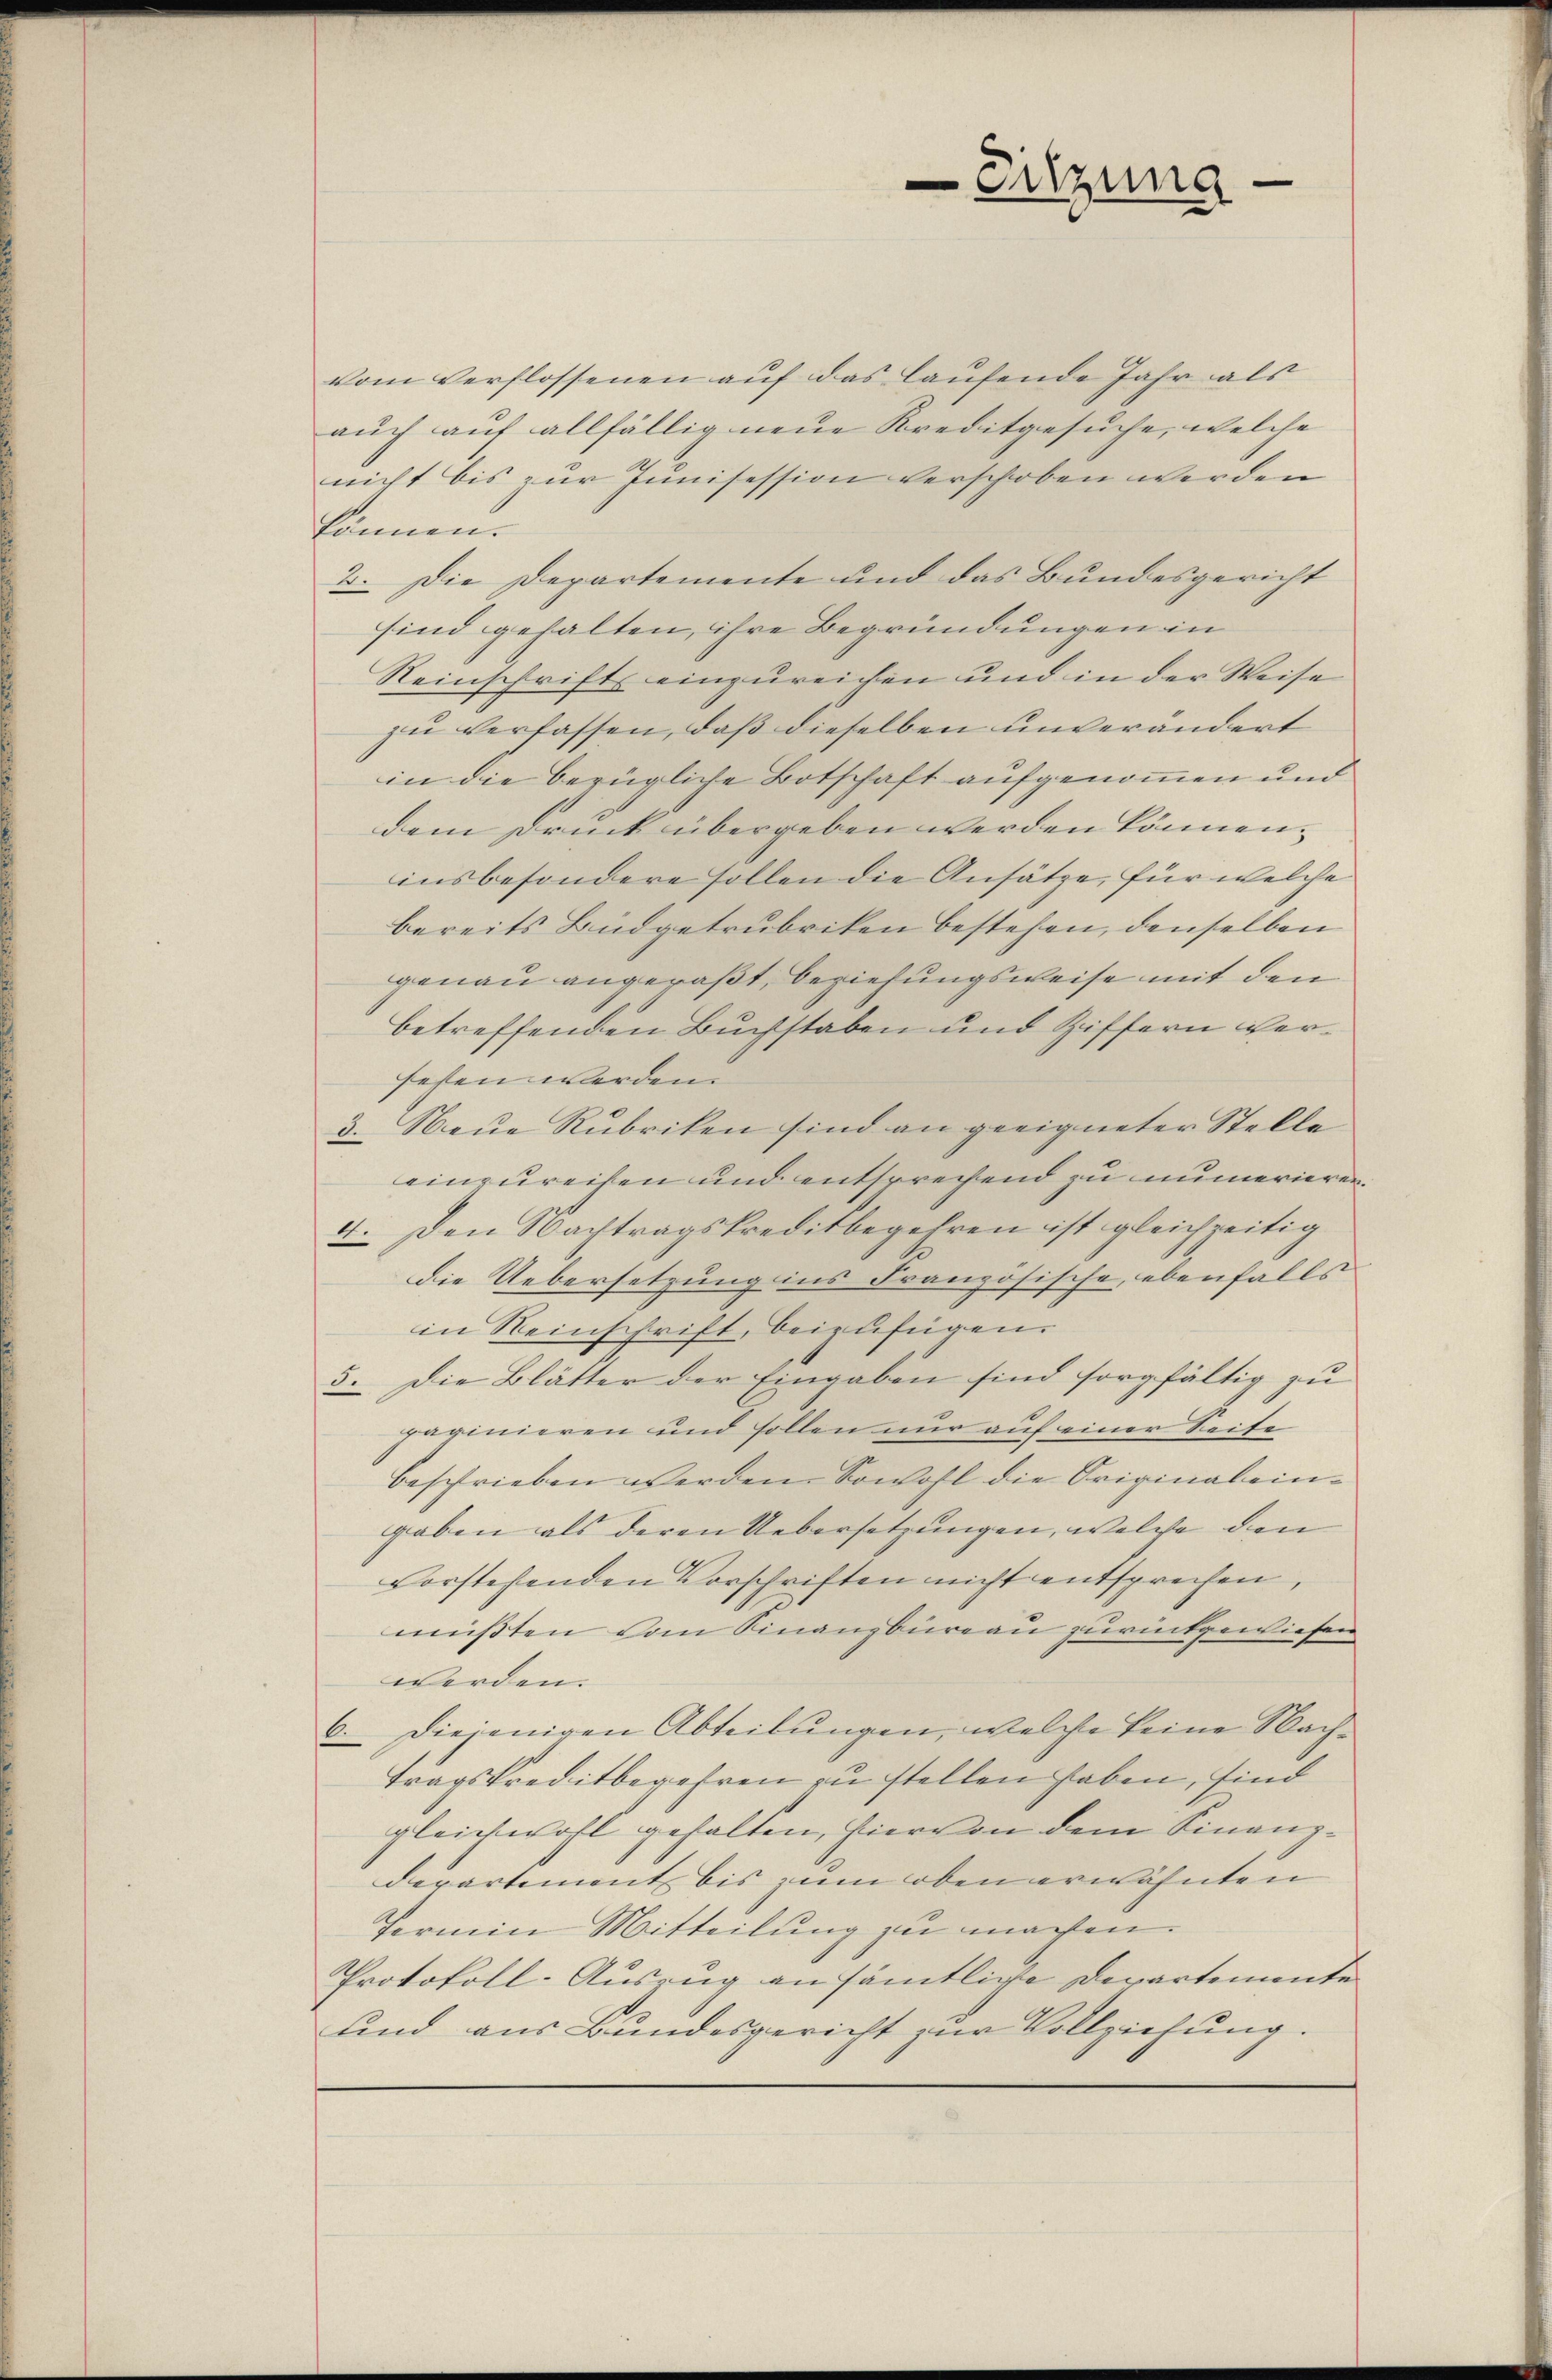
vom Verflossenen auf das laufende Jahr als
auch auf allfällig neue Kreditgesuche, welche
nicht bis zur Junisession verschoben werden
können.
2. Die Departemente und das Bundesgericht
sind gehalten, ihre Begründungen in
Reinschrifts einzureichen und in der Weise
zu verfassen, daß dieselben unverändert
in die bezügliche Botschaft aufgenommen und
dem Druck übergeben werden können.
insbesondere sollen die Ansätze, für welche
bereits Büdgetrubriken bestehen, denselben
genau angeraßt, beziehungsweise mit den
betreffenden Buchstaben und Ziffern versesen werden.
3. Neue Rubriken sind an geeigneter Stelle
einzureihen und entsprechend zu numerieren
4. Den Nachtragskreditbegehren ist gleichzeitig
die Uebersetzung ins Französische, ebenfalls
in Reinschrift, beizufügen.
5. Die Blätter der Eingaben sind sorgfältig zu
paginieren und sollen nur auf einer Seife
beschrieben werden. Sowohl die Original eingaben als deren Uebersetzungen, welche den
vorstehenden Vorschriften nicht entsprechen,
müßten vom Finanzbüreau zurückgewiesen
werden.
6. Diejenigen Abteilungen, welche keine Nachtragskreditbegehren zu stellen haben, sind
gleichwohl gehalten, hiervon dem Finanzdepartement bis zum oben erwähnten
Fermin Mitteilung zu machen.
Protokoll-Auszug an sämtlige Departemente
und aus Bundesgericht zur Vollziehung.

Sitzung